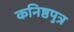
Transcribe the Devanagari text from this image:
कनिष्ठपुत्र